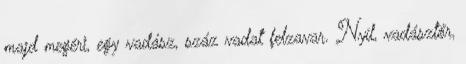
majd megéri, egy vadász, száz vadat felzavar. Nyíl, vadásztőr,